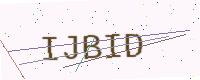
Text: IJBID